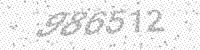
Solution: 986512